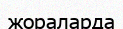
жораларда